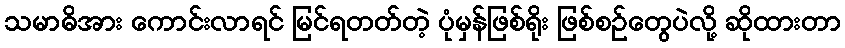
သမာဓိအား ကောင်းလာရင် မြင်ရတတ်တဲ့ ပုံမှန်ဖြစ်ရိုး ဖြစ်စဉ်တွေပဲလို့ ဆိုထားတာ